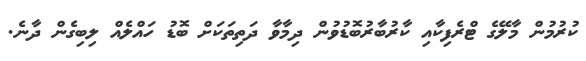
ކުރުމުން މާލޭގެ ޓްރެފިކާއި ކާރުބާރުބޮޑުވުން ދިމާވާ ދަތިތަކަށް ބޮޑު ހައްލެއް ލިބިގެން ދާނެ.